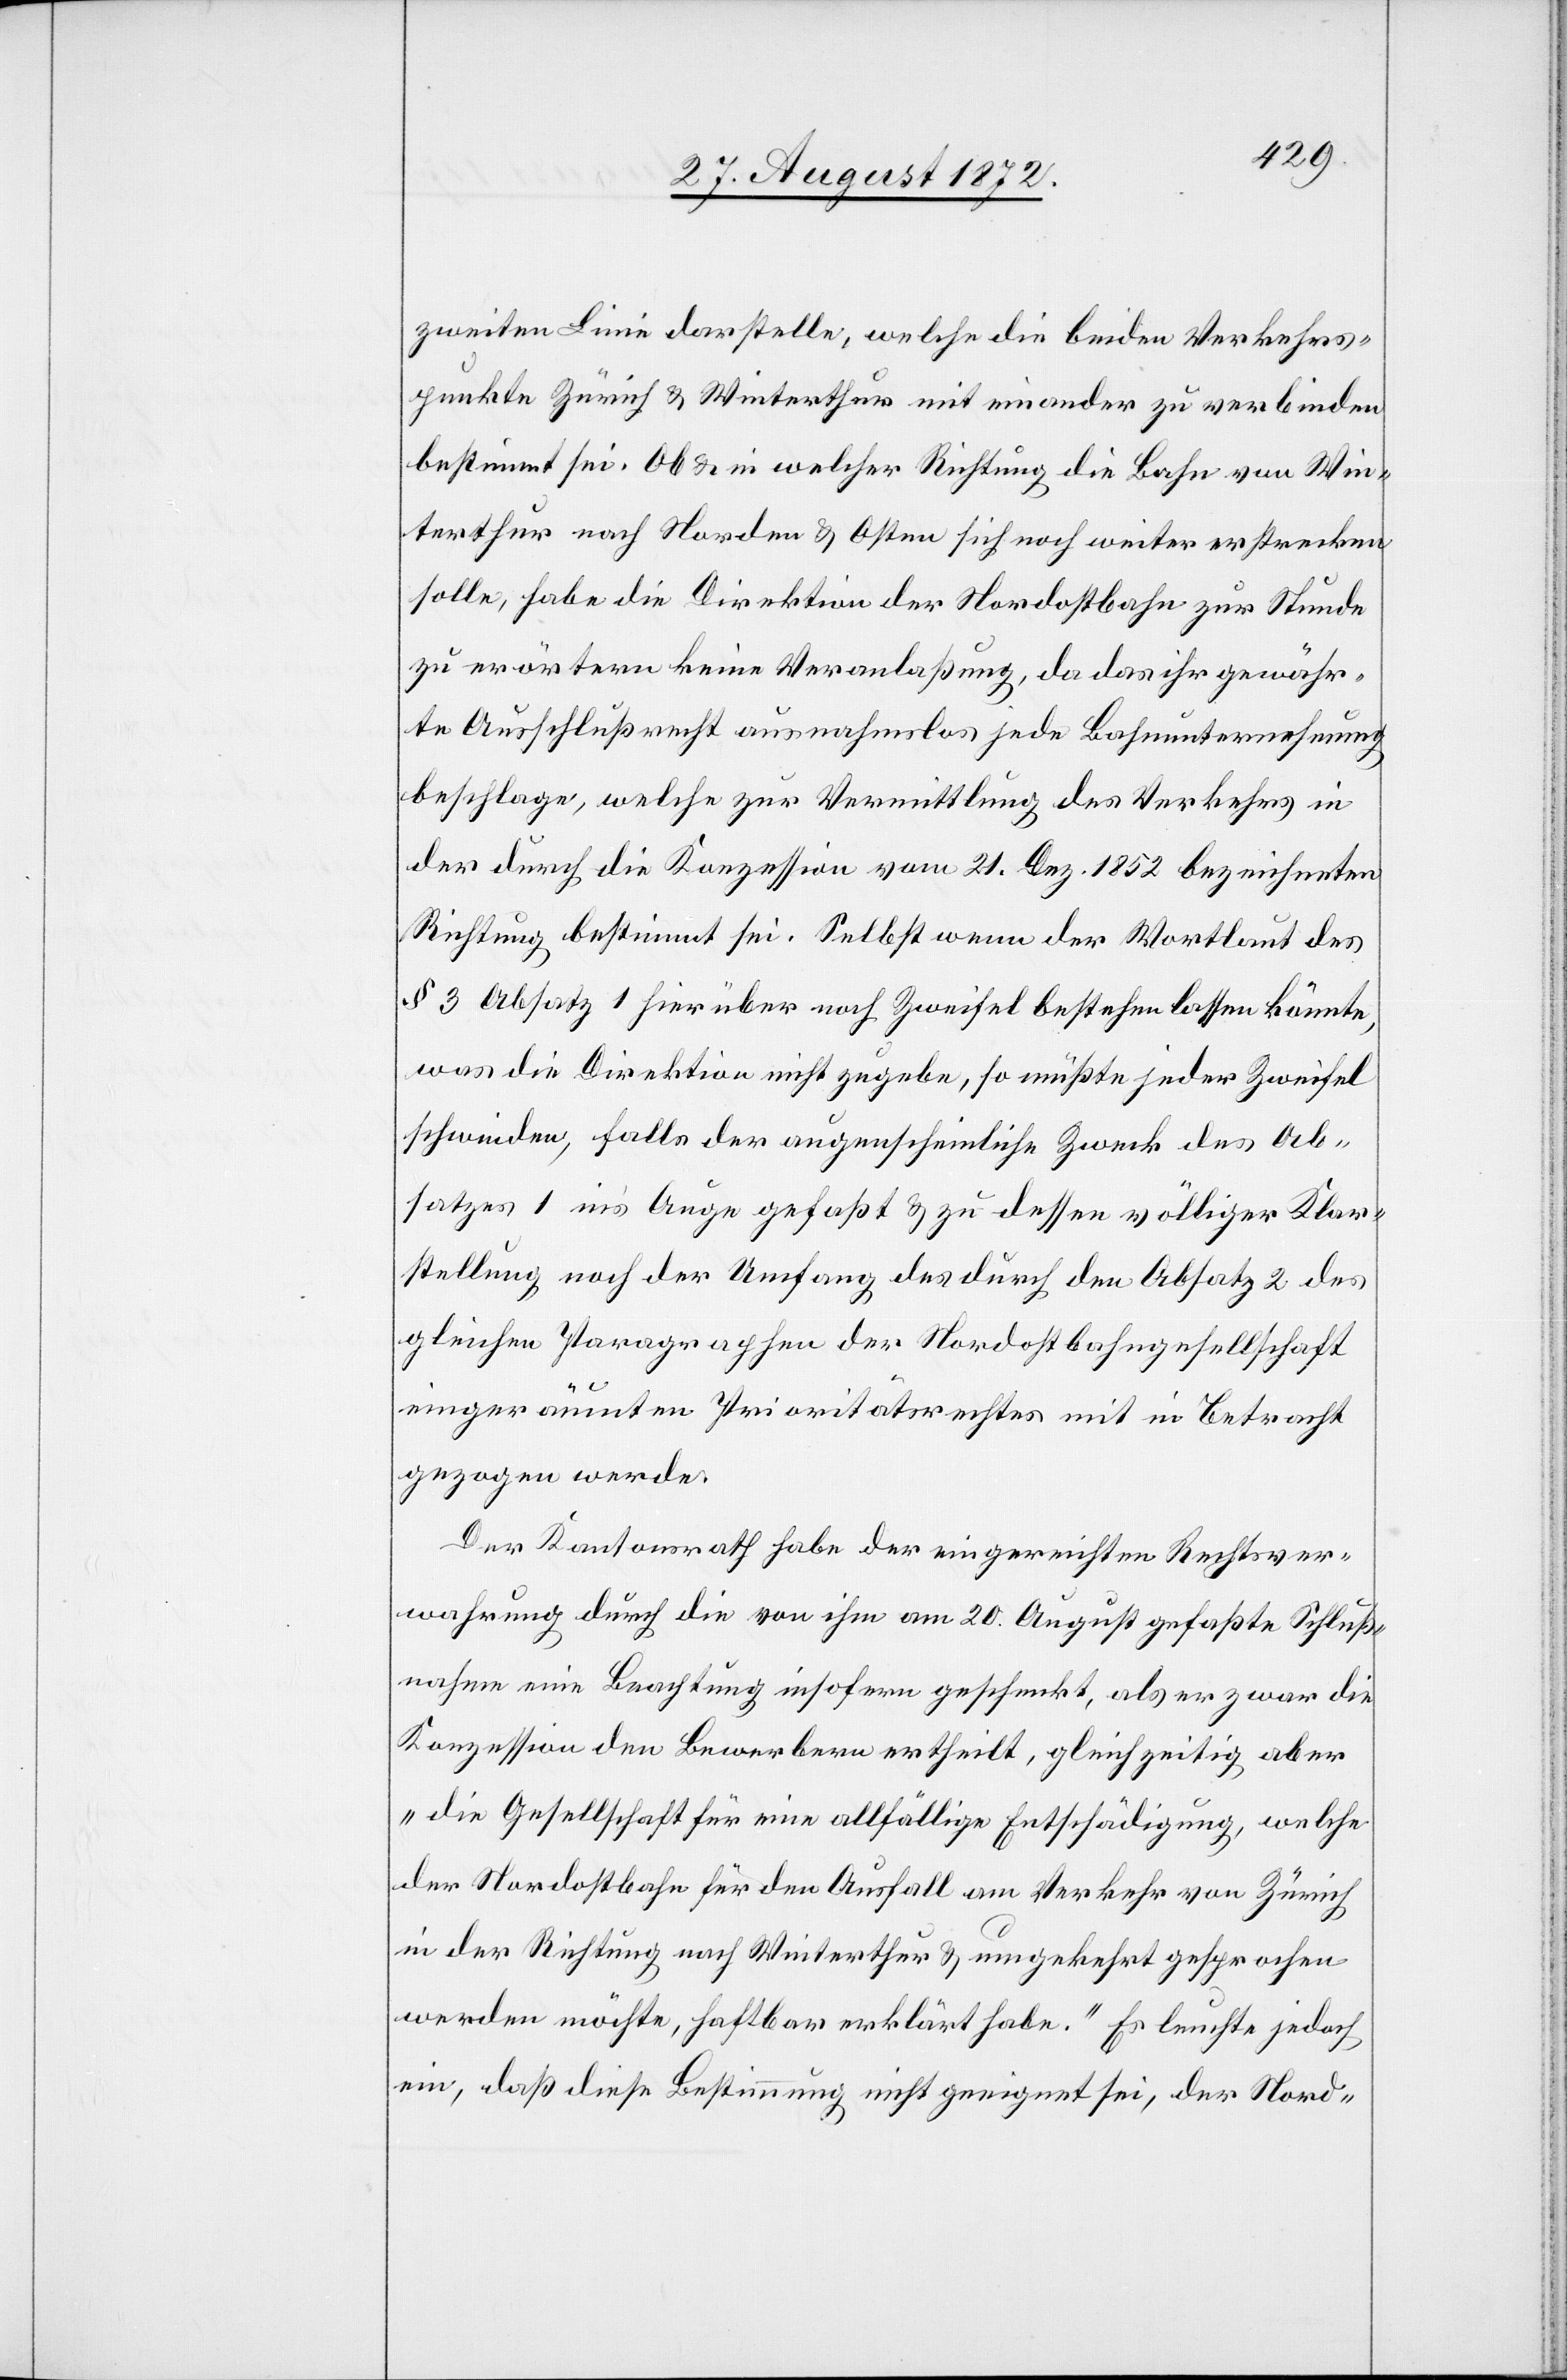
zweiten Linie darstelle, welche die beiden Verkehrs¬
punkte Zürich u. Winterthur mit einander zu verbinden
bestimmt sei. Ob u. in welcher Richtung die Bahn von Win¬
terthur nach Norden u. Osten sich noch weite erstrecken
solle, habe die Direktion der Nordostbahn zur Stunde
zu erörtern keine Veranlaßung, da das ihr gewähr¬
te Ausschlußrecht ausnahmslos jede Bahnunternehmung
beschlage, welche zur Vermittlung des Verkehrs in
der durch die Konzession vom 21. Dez. 1852 bezeichneten
Richtung bestimmt sei. Selbst wenn der Wortlaut des
§ 3 Absatz 1 hierüber noch Zweifel bestehen lassen könnte,
was die Direktion nicht zugebe, so müßte jeder Zweifel
schwinden, falls der augenscheinliche Zweck des Ab¬
satzes 1 in’s Auge gefaßt u. zu dessen völliger Klar¬
stellung noch der Umfang des durch den Absatz 2 des
gleichen Paragraphen der Nordostbahngesellschaft
eingeräumten Prioritätsrechtes mit in Betracht
gezogen werde.
Der Kantonsrath habe der eingereichten Rechtsver¬
wahrung durch die von ihm am 20. August gefaßte Schluß¬
nahme eine Beachtung insofern geschenkt, als er zwar die
Konzession den Bewerbern ertheilt, gleichzeitig aber
„die Gesellschaft für eine allfällige Entschädigung, welche
der Nordostbahn für den Ausfall am Verkehr von Zürich
in der Richtung nach Winterthur u. umgekehrt gesprochen
werden möchte, haftbar erklärt habe.“ Es leuchte jedoch
ein, daß diese Bestimmung nicht geeignet sei, der Nord-